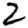
Digit: 2